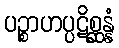
ပဉ္စာဟပ္ပဋိစ္ဆန္နံ